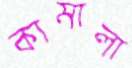
কামালা